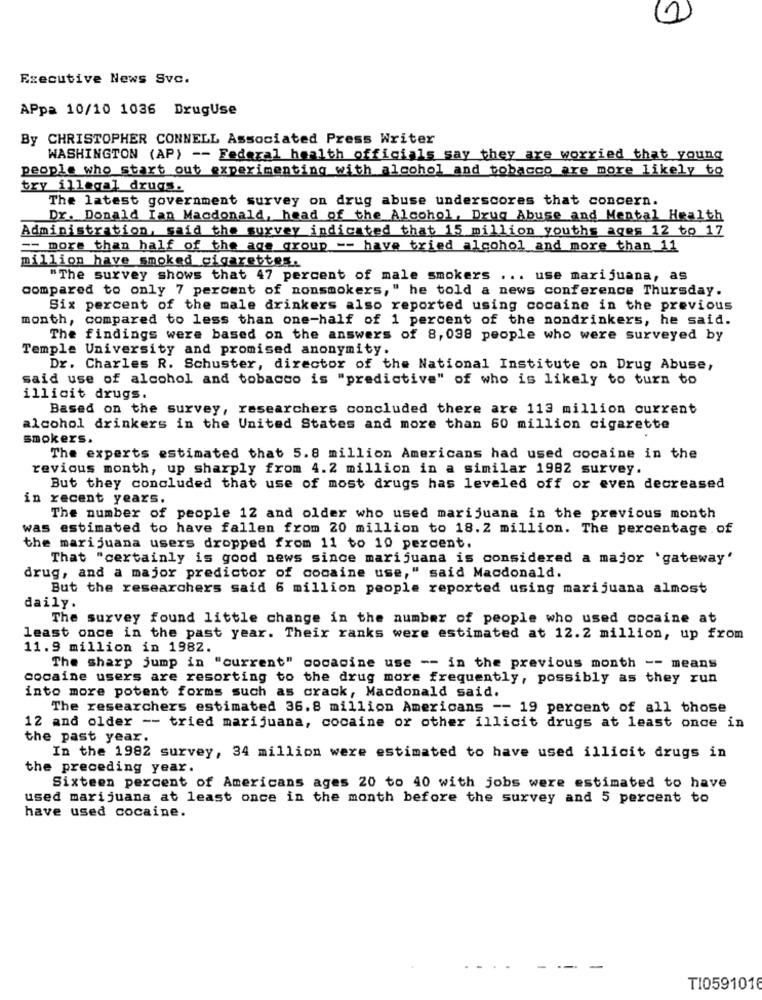
Executive News Svc.
APpa 10/10 1036 DrugUse
By CHRISTOPHER CONNELL Associated Press Writer
WASHINGTON (AP) -- Federal health officials say they are worried that young
people who start out experimenting with alcohol and tobacco are more likely to
try illegal drugs.
The latest government survey on drug abuse underscores that concern.
Dr. Donald Ian Macdonald, head of the Alcohol, Drug Abuse and Mental Health
Administration, said the survey indicated that 15 million youths ages 12 to 17
== more than half of the age group -- have tried alcohol and more than 11
million have smoked cigarettes.
"The survey shows that 47 percent of male smokers ... use marijuana, as
compared to only 7 percent of nonsmokers," he told a news conference Thursday.
Six percent of the male drinkers also reported using cocaine in the previous
month, compared to less than one-half of 1 percent of the nondrinkers, he said.
The findings were based on the answers of 8, 038 people who were surveyed by
Temple University and promised anonymity.
Dr. Charles R. Schuster, director of the National Institute on Drug Abuse,
said use of alcohol and tobacco is "predictive" of who is likely to turn to
illicit drugs.
Based on the survey, researchers concluded there are 113 million current
alcohol drinkers in the United States and more than 60 million cigarette
smokers.
The experts estimated that 5.8 million Americans had used cocaine in the
revious month, up sharply from 4.2 million in a similar 1982 survey.
But they concluded that use of most drugs has leveled off or even decreased
in recent years.
The number of people 12 and older who used marijuana in the previous month
was estimated to have fallen from 20 million to 18. 2 million. The percentage of
the marijuana users dropped from 11 to 10 percent.
That "certainly is good news since marijuana is considered a major 'gateway'
drug, and a major predictor of cocaine use," said Macdonald.
But the researchers said 6 million people reported using marijuana almost
daily.
The survey found little change in the number of people who used cocaine at
least once in the past year. Their ranks were estimated at 12.2 million, up from
11.9 million in 1982.
The sharp jump in "current" cocacine use -- in the previous month -- means
cocaine users are resorting to the drug more frequently, possibly as they run
into more potent forms such as crack, Macdonald said.
The researchers estimated 36.8 million Americans -- 19 percent of all those
12 and older -- tried marijuana, cocaine or other illicit drugs at least once in
the past year.
In the 1982 survey, 34 million were estimated to have used illicit drugs in
the preceding year.
Sixteen percent of Americans ages 20 to 40 with jobs were estimated to have
used marijuana at least once in the month before the survey and 5 percent to
have used cocaine.
- --
TI0591016